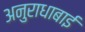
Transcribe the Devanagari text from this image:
अनुराधाबाई